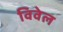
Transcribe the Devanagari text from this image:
विवेल